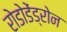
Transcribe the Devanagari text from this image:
रोडोडेंड्रोन